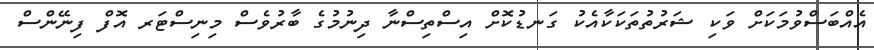
އެއްބަސްވުމަކަށް ވަކި ޝަރުތުތަކަކާއެކު ގަނޑުކޮށް އިސްތިސްނާ ދިނުމުގެ ބާރުވެސް މިނިސްޓަރ އޮފް ފިނޭންސް